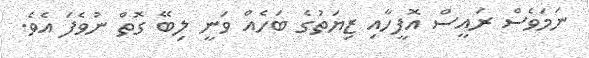
ނަމަވެސް ރައީސް އޮފީހާއި ޒިޔަތުގެ ބަހެއް ވަނީ ލިބޭ ގޮތް ނުވެފަ އެވެ.